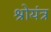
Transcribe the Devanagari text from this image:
श्रोयंत्र